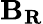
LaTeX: {\mathbf{B_{R}}}